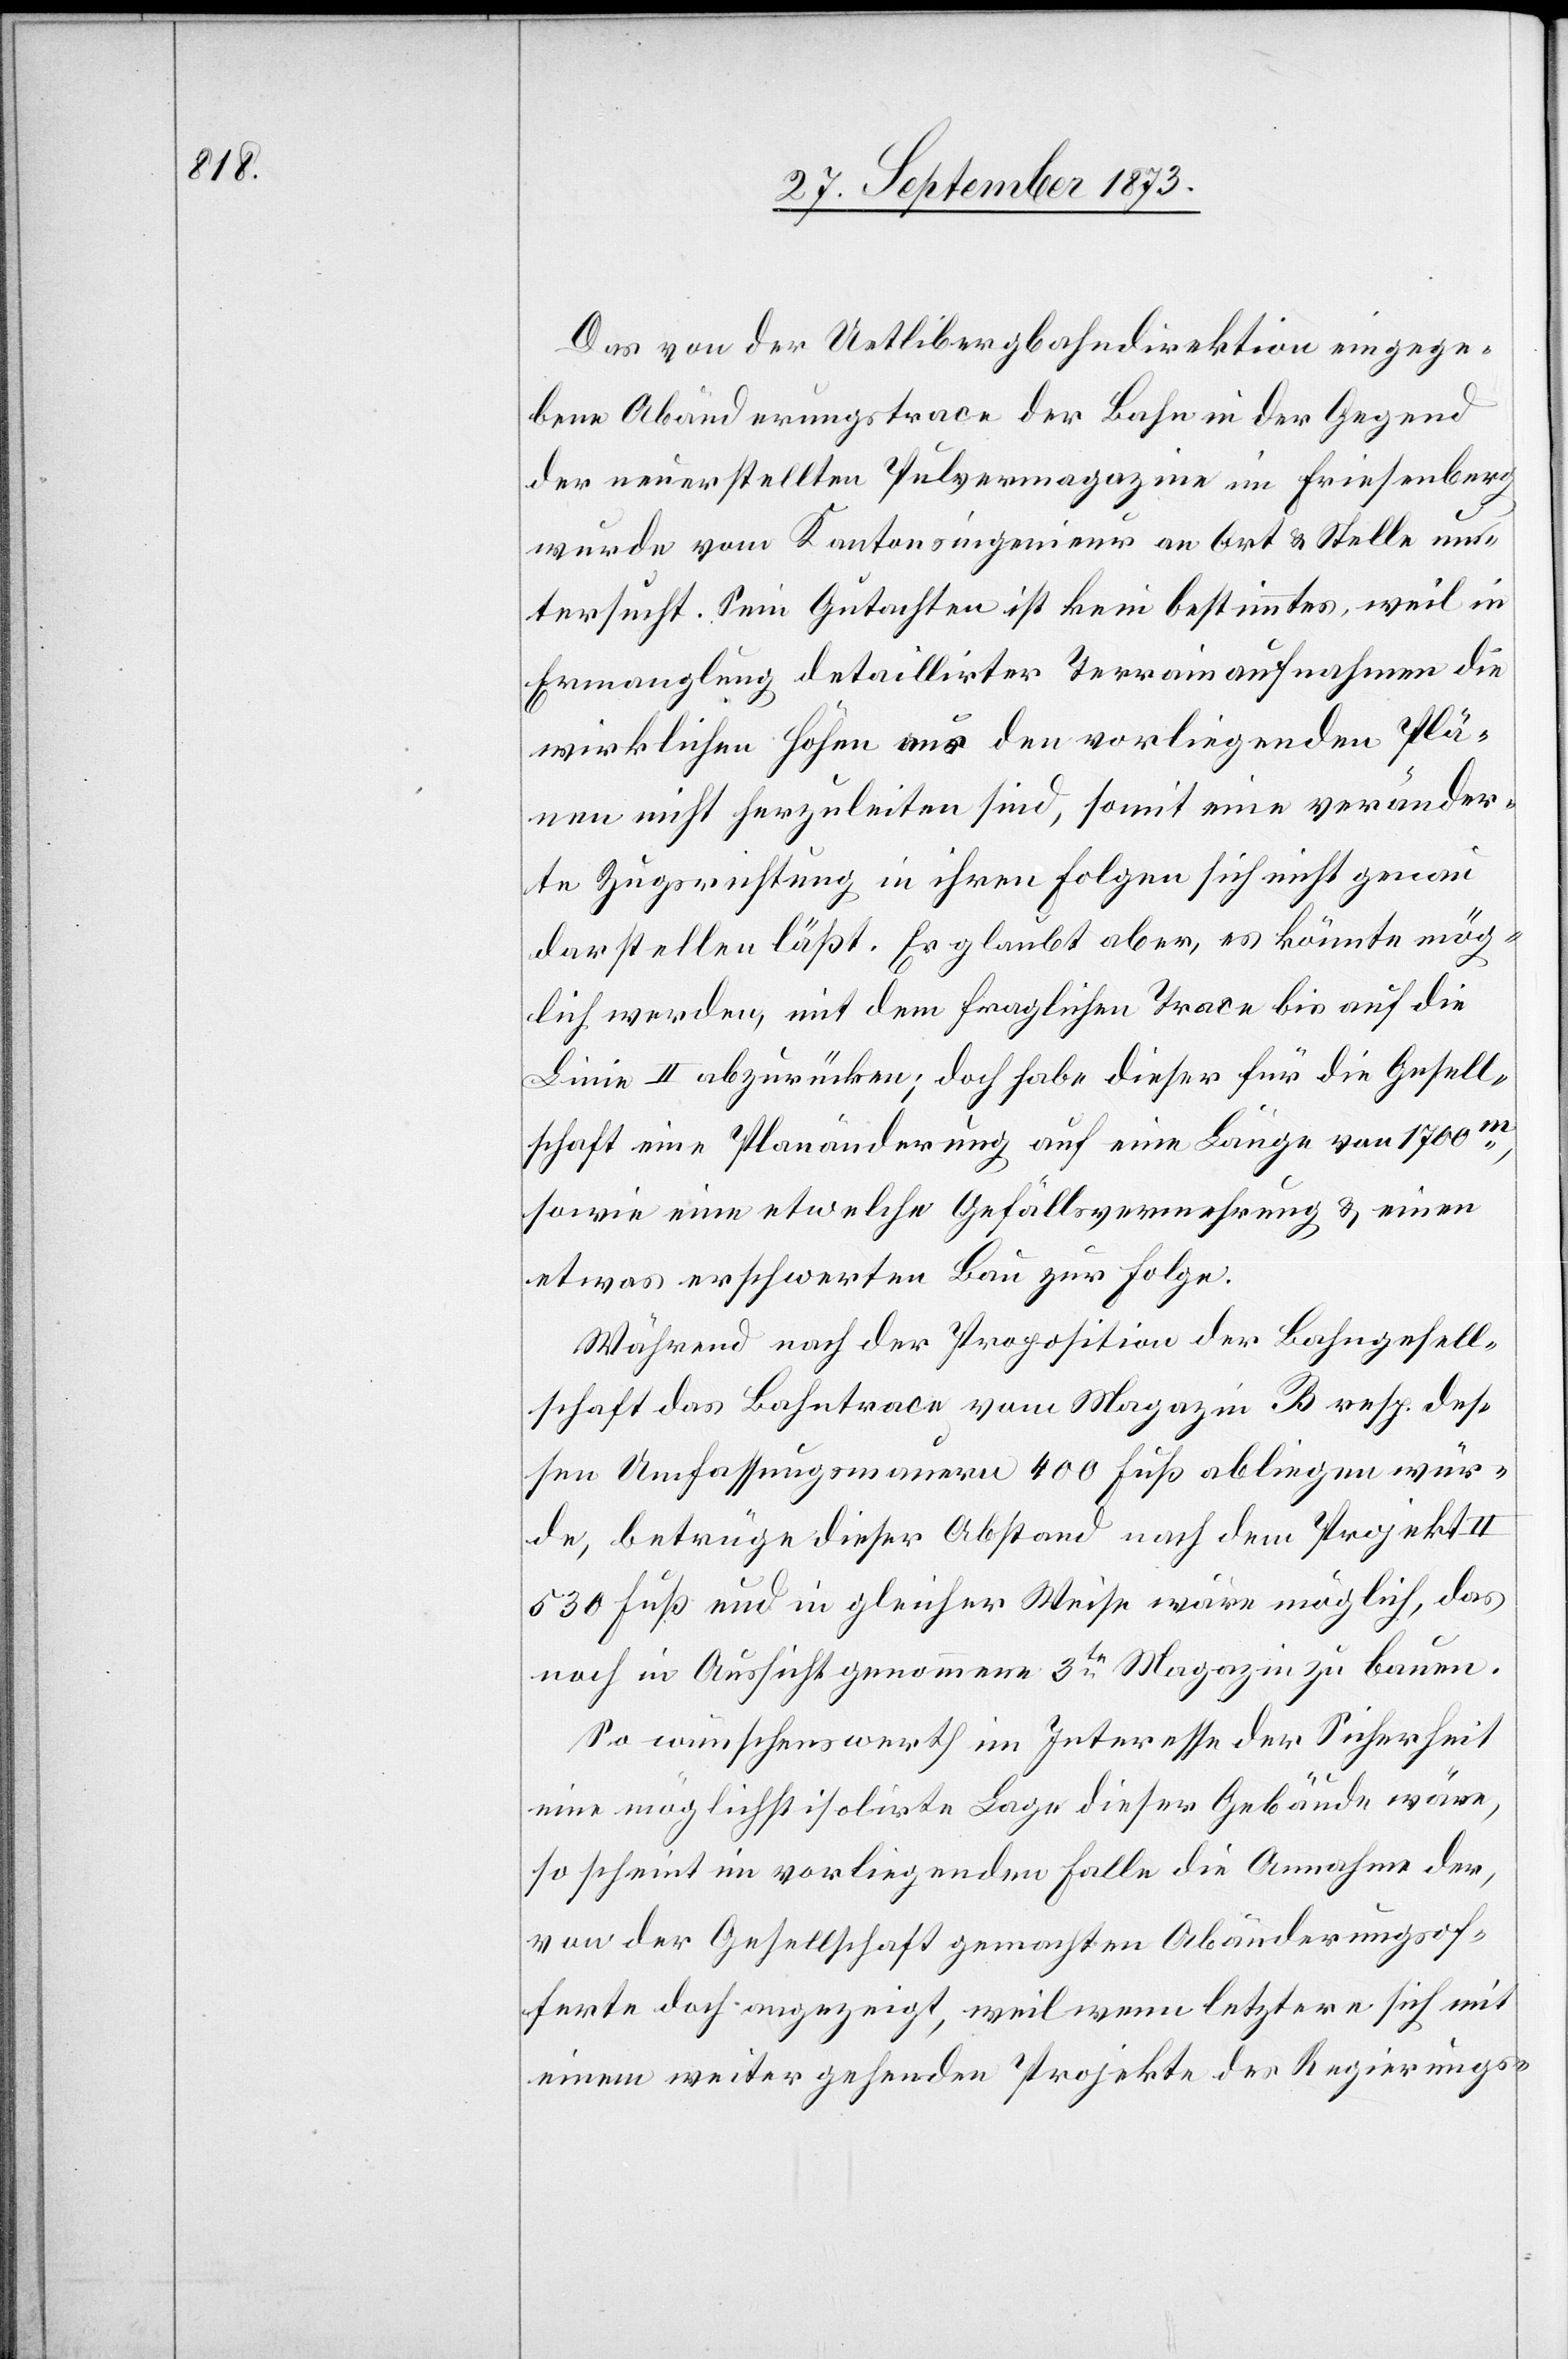
Das von der Uetlibergbahndirektion eingege¬
bene Abänderungstrace der Bahn in der Gegend
der neuerstellten Pulvermagazine im Friesenberg
wurde vom Kantonsingenieur an Ort & Stelle unt¬
ersucht. Sein Gutachten ist kein bestimmtes, weil in
Ermanglung detaillirter Terrainaufnahmen die
wirklichen Höhen aus den vorliegenden Plä¬
nen nicht herzuleiten sind, somit eine veränder¬
te Zugsrichtung in ihren Folgen sich nicht genau
darstellen läßt. Er glaubt aber, es könnte mög¬
lich werden, mit dem fraglichen Trace bis auf die
Linie II abzurücken; doch habe dieser für die Gesell¬
schaft eine Planänderung auf eine Länge von 1 700m,
sowie eine etwelche Gefällsvermehrung & einen
etwas erschwerten Bau zur Folge.
Während nach der Proposition der Bahngesell¬
schaft das Bahntrace vom Magazin B resp. des¬
sen Umfassungsmauern 400 Fuß abliegen wür¬
de, betrüge dieser Abstand nach dem Projekt II
530 Fuß und in gleicher Weise wäre [es] möglich, das
noch in Aussicht genommene 3te Magazin zu bauen.
So wünschenswerth im Interesse der Sicherheit
eine möglichst isolirte Lage dieser Gebäude wäre,
so scheint im vorliegenden Falle die Annahme der,
von der Gesellschaft gemachten Abänderungsof¬
ferte doch angezeigt, weil wenn letztere sich mit
einem weiter gehenden Projekte des Regierungs-